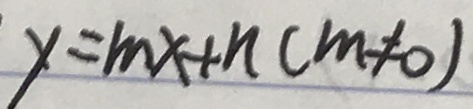
y = m x + n ( m \neq 0 )